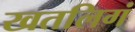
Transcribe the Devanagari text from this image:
खतलिगं